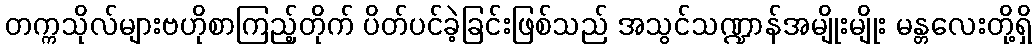
တက္ကသိုလ်များဗဟိုစာကြည့်တိုက် ပိတ်ပင်ခဲ့ခြင်းဖြစ်သည် အသွင်သဏ္ဍာန်အမျိုးမျိုး မန္တလေးတို့ရှိ